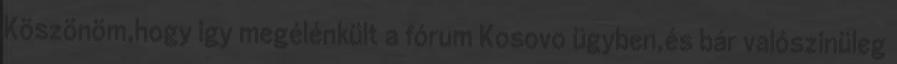
Köszönöm,hogy igy megélénkült a fórum Kosovo ügyben,és bár valószinüleg